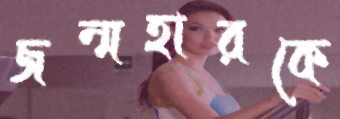
জন্মহারকে